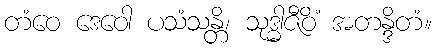
တံဝေ ဒေဝေါ ပသံသန္တိ၊ သုဒ္ဓါဇီဝိံ အတန္ဒိတံ။